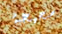
صحيحة